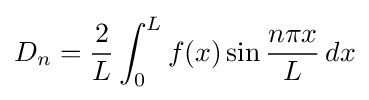
D_{n}={\frac {2}{L}}\int _{0}^{L}f(x)\sin {\frac {n\pi x}{L}}\,dx